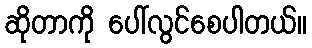
ဆိုတာကို ပေါ်လွင်စေပါတယ်။